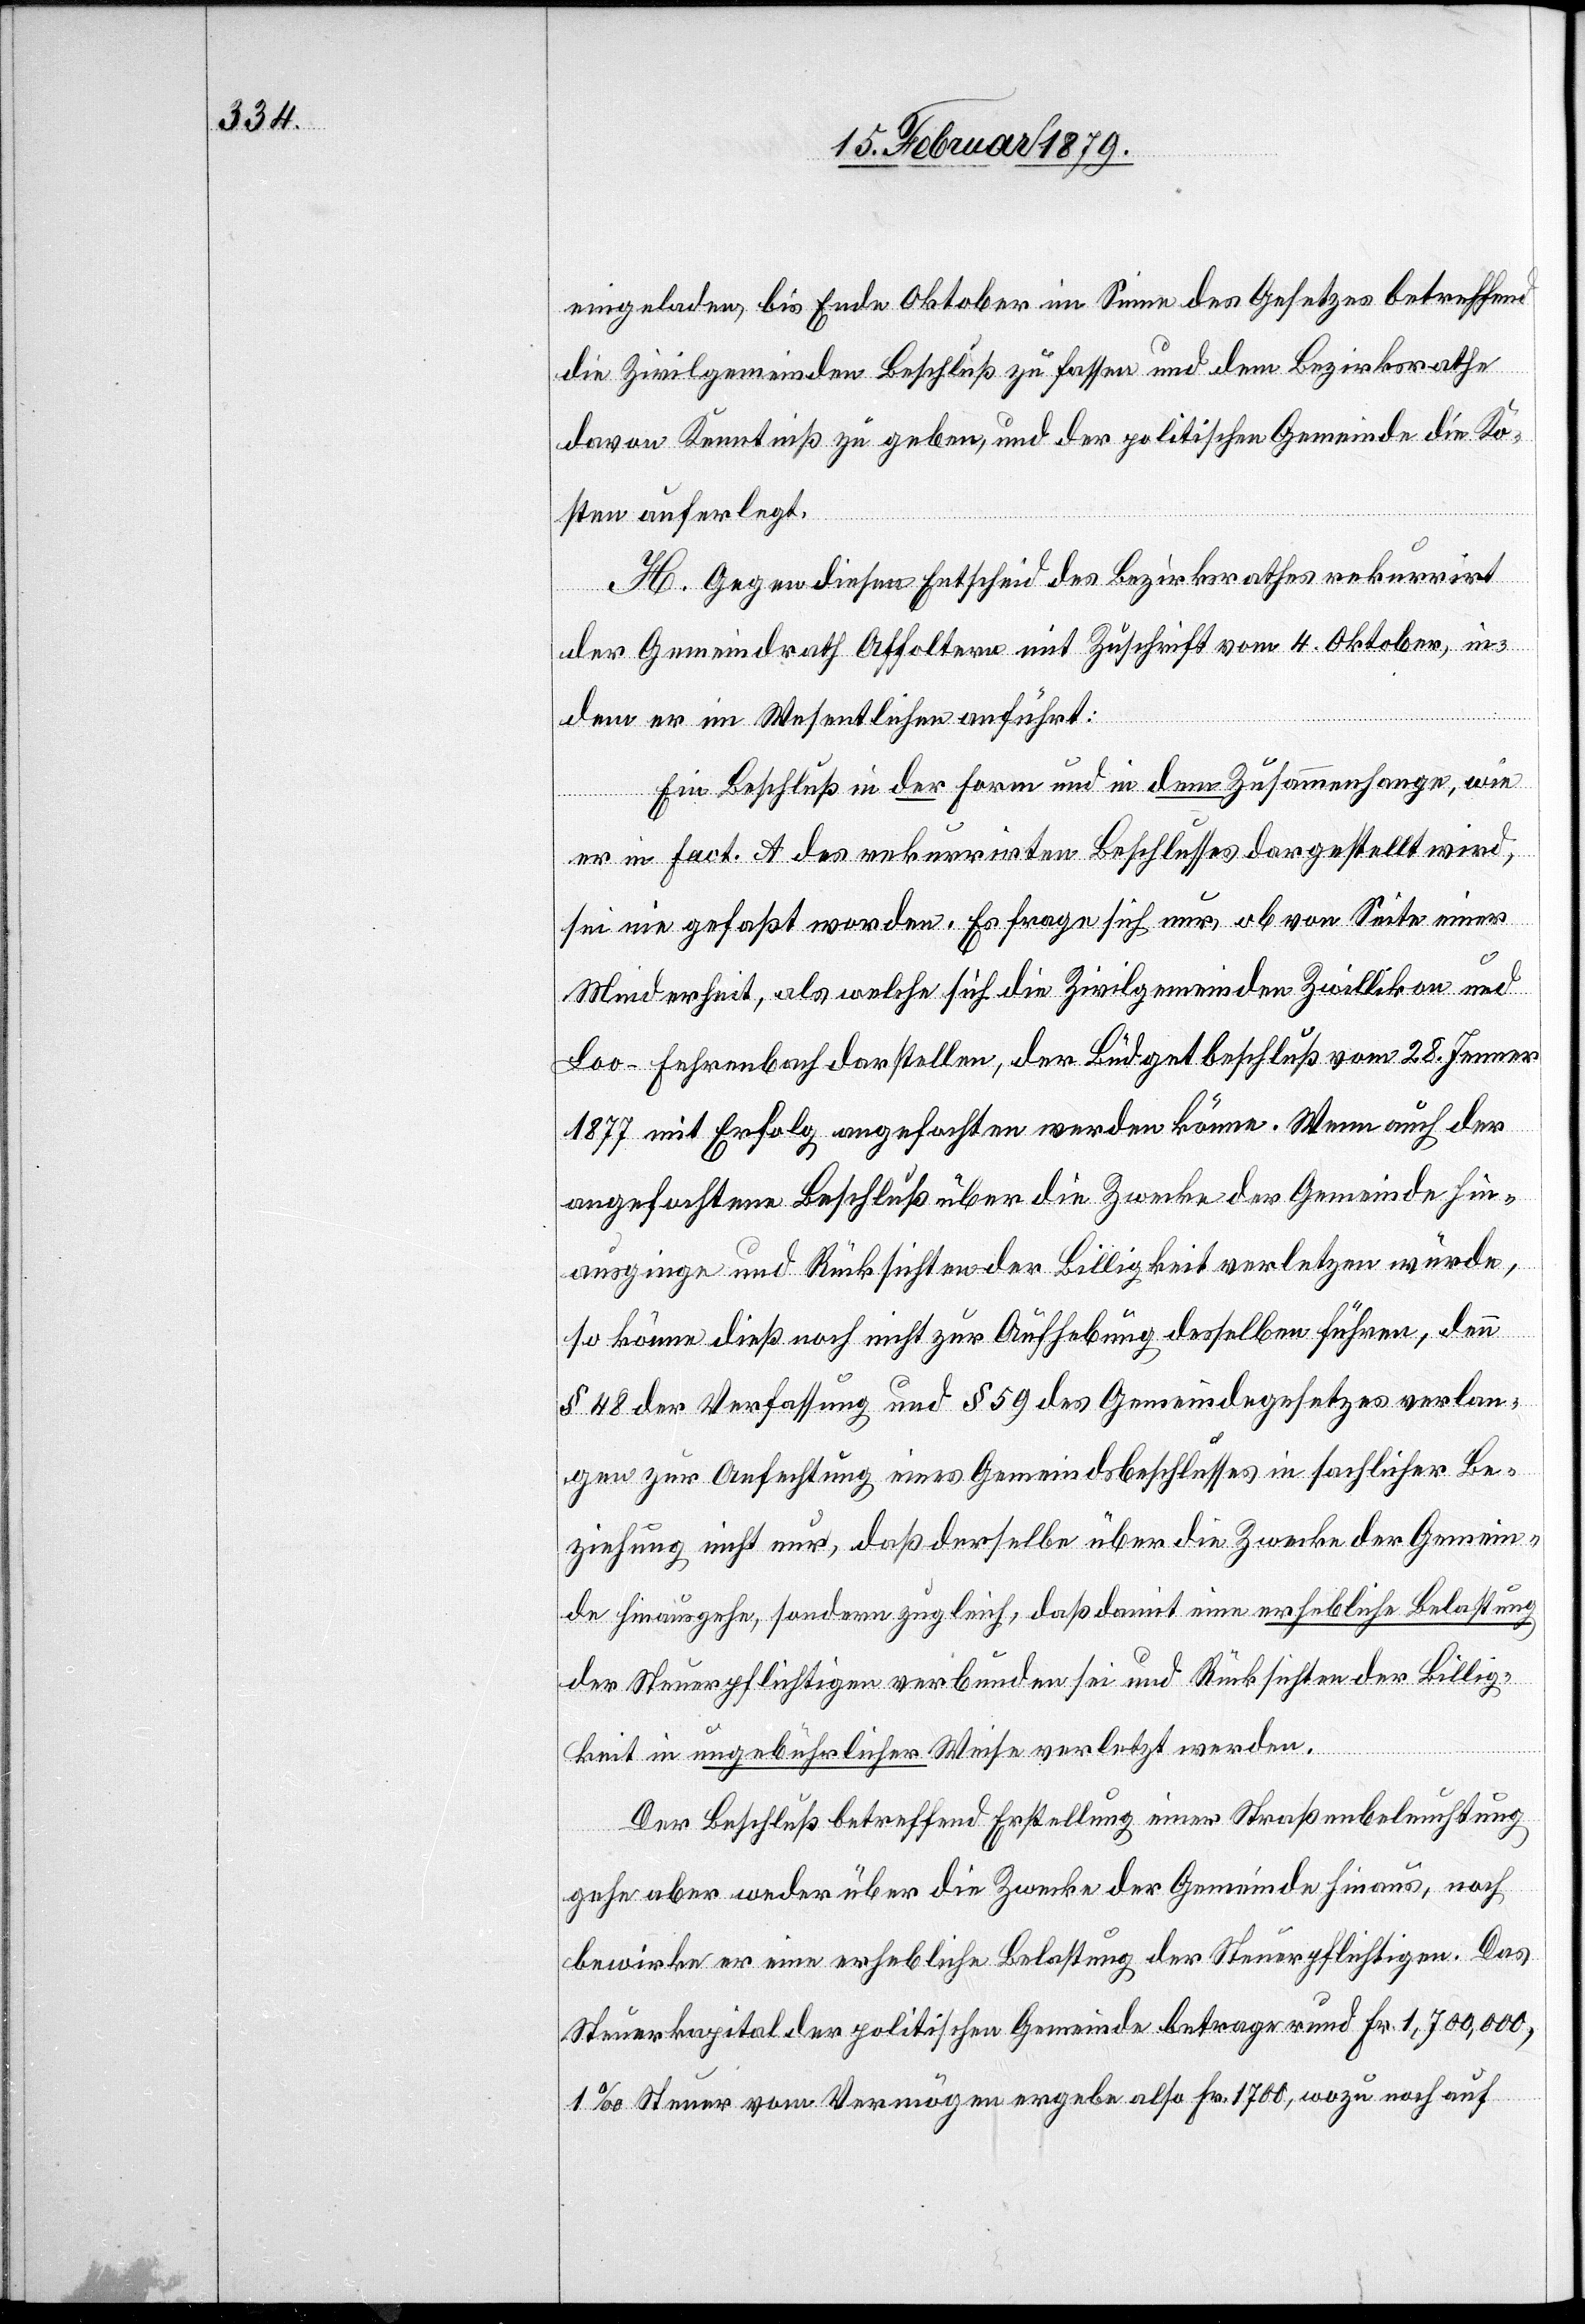
eingeladen, bis Ende Oktober im Sinne des Gesetzes betreffend
die Zivilgemeinden Beschluß zu fassen und dem Bezirksrathe
davon Kenntniß zu geben, und der politischen Gemeinde die Ko¬
sten auferlegt.
H. Gegen diesen Entscheid des Bezirksrathes rekurrirt
der Gemeindrath Affoltern mit Zuschrift vom 4. Oktober, in¬
dem er im Wesentlichen anführt:
Ein Beschluß in der Form und in dem Zusammenhange, wie
er in Fact. A des rekurrirten Beschlusses dargestellt wird,
sei nie gefaßt worden. Es frage sich nur, ob von Seite einer
Minderheit, als welche sich die Zivilgemeinden Zwillikon und
Loo-Fehrenbach darstellen, der Büdgetbeschluß vom 28. Jenner
1877 mit Erfolg angefochten werden könne. Wenn auch der
angefochtene Beschluß über die Zwecke der Gemeinde hin¬
ausginge und Rücksichten der Billigkeit verletzen würde,
so könne dieß noch nicht zur Aufhebung desselben führen, denn
§ 48 der Verfassung und § 59 des Gemeindegesetzes verlan¬
gen zur Anfechtung eines Gemeindsbeschlusses in sachlicher Be¬
ziehung nicht nur, daß derselbe über die Zwecke der Gemein¬
de hinausgehe, sondern zugleich, daß damit eine erhebliche Belastung
der Steuerpflichtigen verbunden sei und Rücksichten der Billig¬
keit in ungebührlicher Weise verletzt werden.
Der Beschluß betreffend Erstellung einer Straßenbeleuchtung
gehe aber weder über die Zwecke der Gemeinde hinaus, noch
bewirke er eine erhebliche Belastung der Steuerpflichtigen. Das
Steuerkapital der politischen Gemeinde betrage rund Fr. 1,700,000,
1‰ Steuer vom Vermögen ergebe also Fr. 1700, wozu noch auf